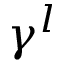
\gamma ^ { l }